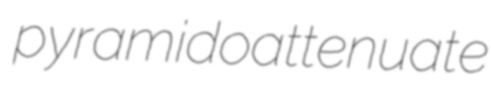
pyramidoattenuate